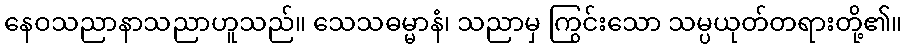
နေဝသညာနာသညာဟူသည်။ သေသဓမ္မာနံ၊ သညာမှ ကြွင်းသော သမ္ပယုတ်တရားတို့၏။